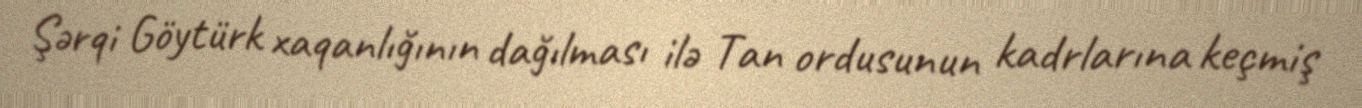
Şərqi Göytürk xaqanlığının dağılması ilə Tan ordusunun kadrlarına keçmiş